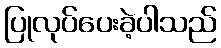
ပြုလုပ်ပေးခဲ့ပါသည်